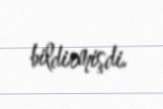
bildirmişdi.